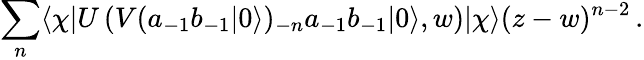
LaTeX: \sum_{n}\langle\chi|U\left(V(a_{-1}b_{-1}|0\rangle)_{-n}a_{-1}b_{-1}|0\rangle,w\right)|\chi\rangle(z-w)^{n-2}\, .